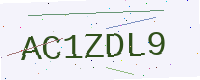
Text: AC1ZDL9